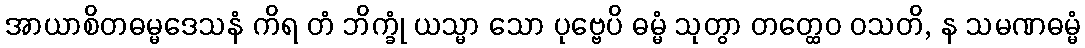
အာယာစိတဓမ္မဒေသနံ ကိရ တံ ဘိက္ခုံ ယသ္မာ သော ပုဗ္ဗေပိ ဓမ္မံ သုတွာ တတ္ထေဝ ဝသတိ, န သမဏဓမ္မံ